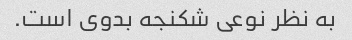
به نظر نوعی شکنجه بدوی است.